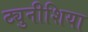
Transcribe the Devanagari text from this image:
ट्युनीशिया